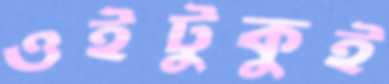
ওইটুকুই